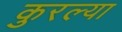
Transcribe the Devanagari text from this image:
कुरल्या